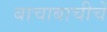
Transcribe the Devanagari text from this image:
बाचाबाचीचें